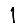
Digit: 1